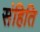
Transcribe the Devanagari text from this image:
संहिति